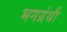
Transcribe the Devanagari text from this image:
भगग्रंथी